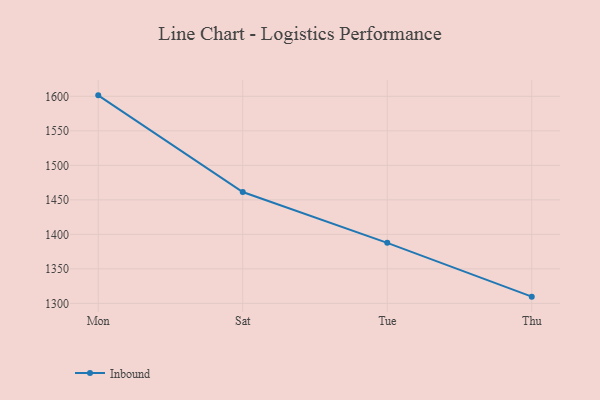
{"axis": {"x": "Day", "y": "Budget (USD K)"}, "legend": ["Inbound"], "data": [{"x": "Mon", "y": 1601.4, "type": "Inbound"}, {"x": "Sat", "y": 1461.3, "type": "Inbound"}, {"x": "Tue", "y": 1387.7, "type": "Inbound"}, {"x": "Thu", "y": 1309.7, "type": "Inbound"}]}